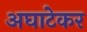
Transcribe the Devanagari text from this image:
अघाटेकर